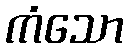
ကံသော